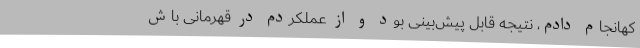
کهانجام دادم، نتیجه قابل پیش‌بینی بود و از عملکردم در قهرمانی باش